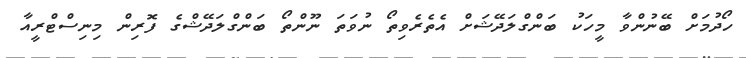
ހޯދުމަށް ބޭނުންވާ މީހަކު ބަންގްލަދޭޝަށް އެތެރެވިތޯ ނުވަތަ ނޫންތޯ ބަންގްލަދޭޝްގެ ފޮރިން މިނިސްޓްރީއާ